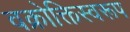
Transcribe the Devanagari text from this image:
वक्रोक्तिस्वरूप